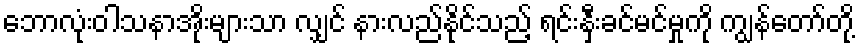
ဘောလုံးဝါသနာအိုးများသာ လျှင် နားလည်နိုင်သည့် ရင်းနှီးခင်မင်မှုကို ကျွန်တော်တို့